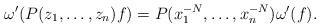
LaTeX: \begin{align*}\omega'( P(z_1,\dots,z_n) f ) = P(x_1^{-N},\dots,x_n^{-N})\omega'( f ). \end{align*}